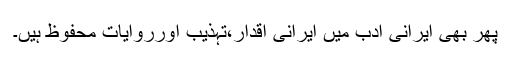
پھر بھی ایرانی ادب میں ایرانی اقدار،تہذیب اورروایات محفوظ ہیں۔